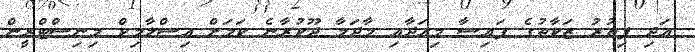
އަދި ފިތުުރު ޒަކާތުގެ ފައިސާ މިއަދާއި މާދަމާ ދޫކުރާނެ ކަމަށް އިސްލާމިކް މިނިސްޓްރީން